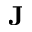
\textbf { J }